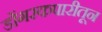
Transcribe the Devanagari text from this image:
डोंगरकपारीतून